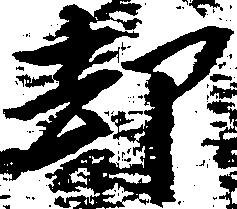
却